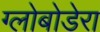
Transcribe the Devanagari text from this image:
ग्लोबोडेरा